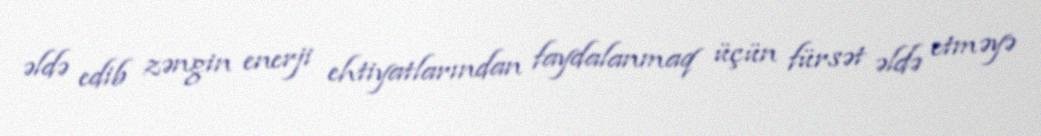
əldə edib zəngin enerji ehtiyatlarından faydalanmaq üçün fürsət əldə etməyə